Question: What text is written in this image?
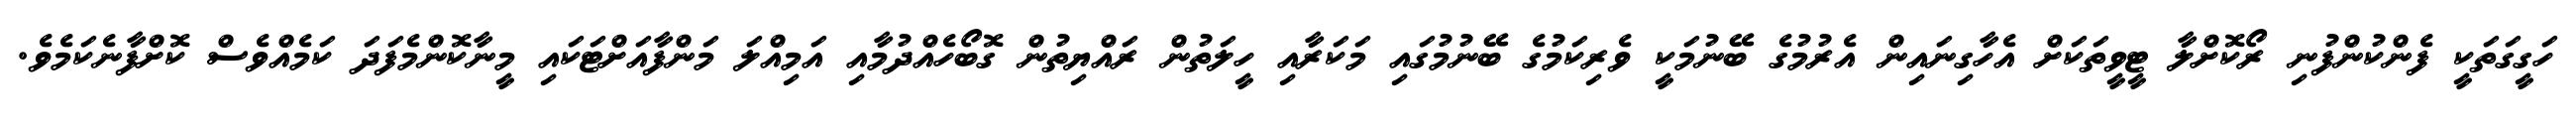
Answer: ހަގީގަތަކީ ފެންކުންފުނި ރޯކޮށްލާ ޓީވީތަކަށް އެހާގިނައިން އެރުމުގެ ބޭނުމަކީ ވެރިކަމުގެ ބޭނުމުގައި މަކަރާއި ހީލަތުން ރައްޔިތުން ގޮބޯހެއްދުމާއި އަމިއްލަ މަންފާއަށްޓަކައި މީނާކޮންމެފަދަ ކަމެއްވެސް ކޮށްފާނެކަމެވެ.